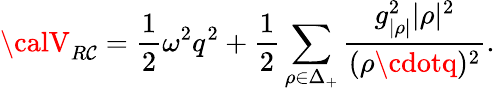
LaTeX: {\calV}_{R\mathcal{C}}={\frac{{1}}{{2}}}\omega^{2}q^{2}+{\frac{{1}}{{2}}}\sum_{\rho\in\Delta_{+}}{\frac{{g_{|\rho|}^{2}|\rho|^{2}}}{{(\rho\cdotq)^{2}}}}.